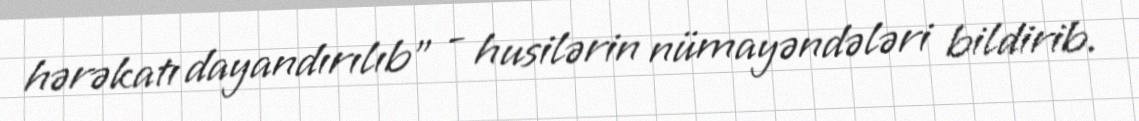
hərəkatı dayandırılıb" - husilərin nümayəndələri bildirib.